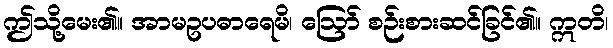
ဤသို့မေး၏။ အာမဥပဓာရေမိ၊ ဩော် စဉ်းစားဆင်ခြင်၏။ ဣတိ၊